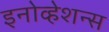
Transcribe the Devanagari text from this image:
इनोव्हेशन्स